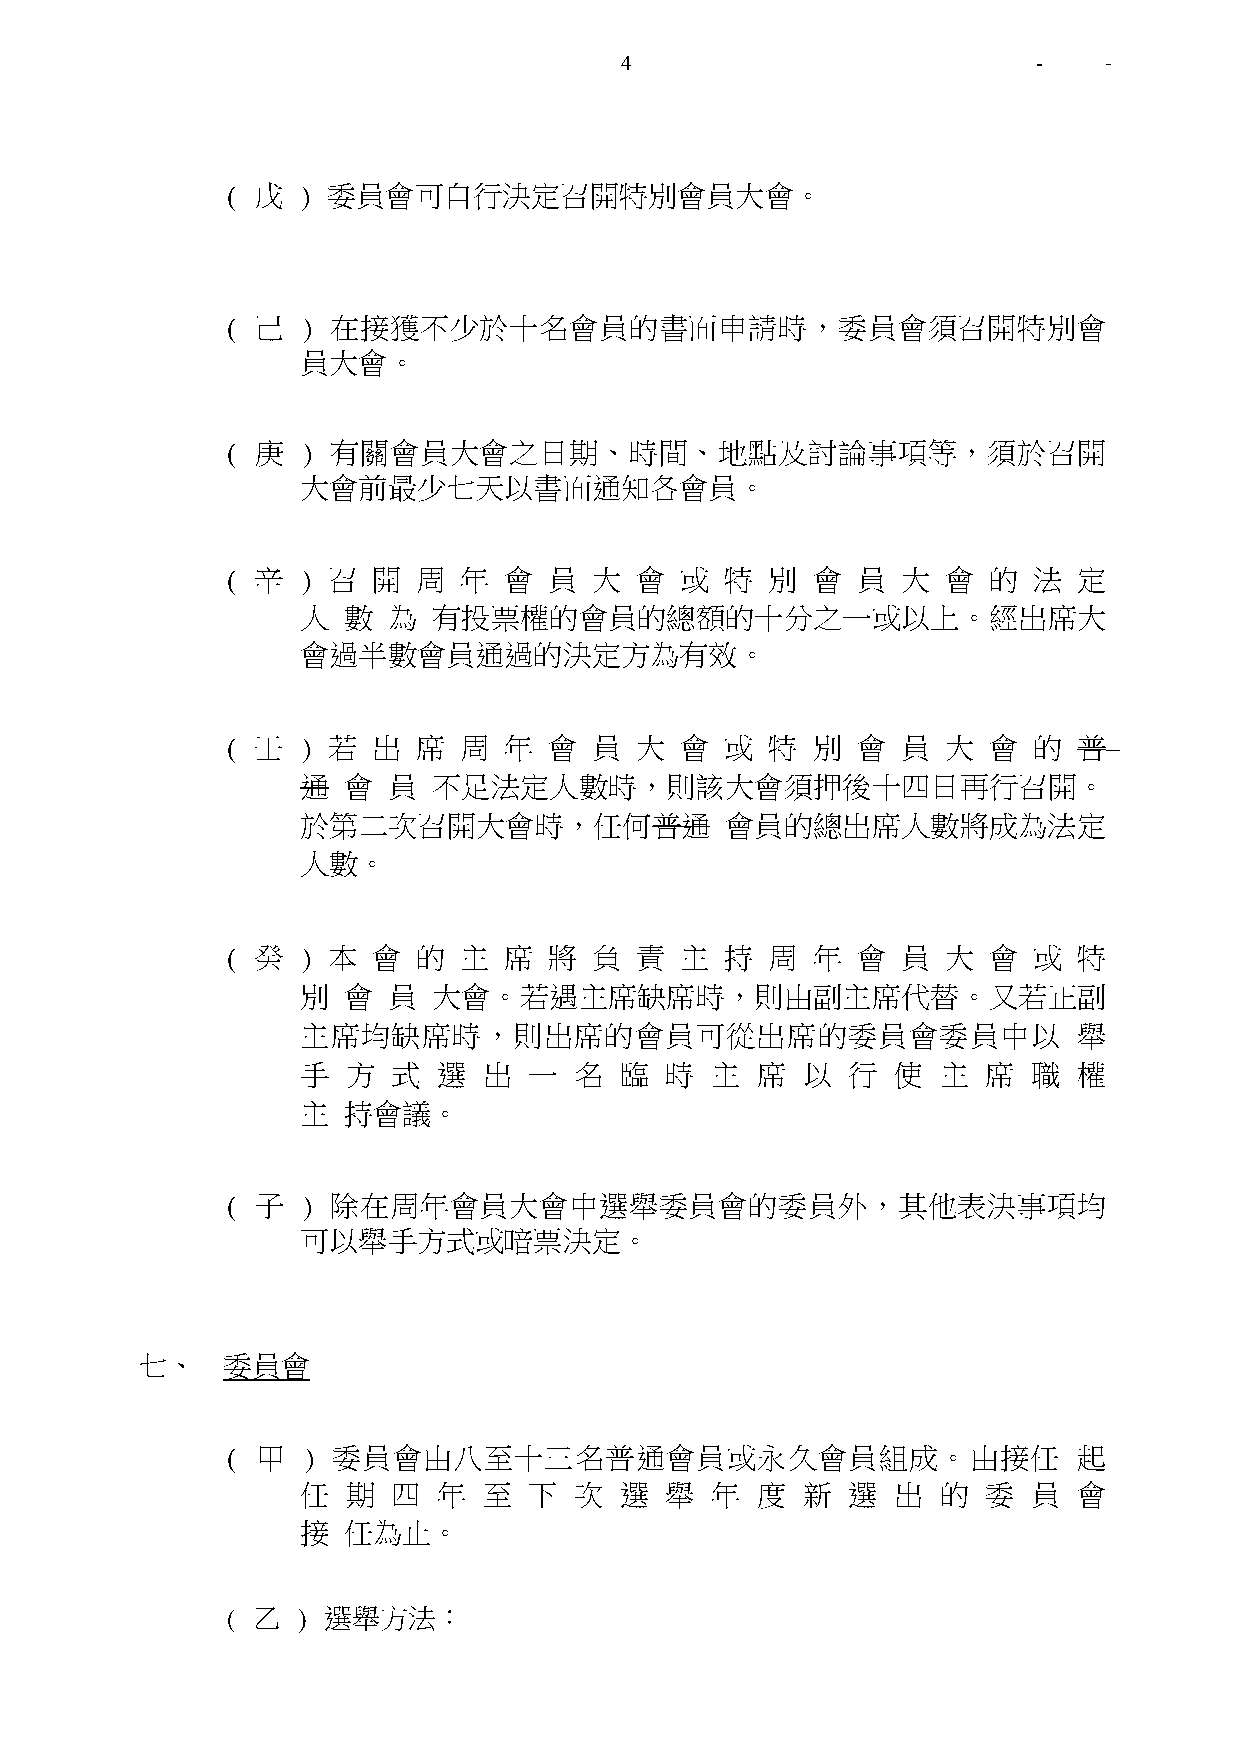
4                           -   -
 ( 戊  ) 委員會可自行決定召開特別會員大會。
 ( 己  ) 在接獲不少於十名會員的書面申請時，委員會須召開特別會
 員大會。
 ( 庚  ) 有關會員大會之日期、時間、地點及討論事項等，須於召開
 大會前最少七天以書面通知各會員。
 ( 辛  ) 召  開  周 年  會  員  大  會  或  特  別  會  員  大  會 的  法  定
 人  數  為  有投票權的會員的總額的十分之一或以上。經出席大
 會過半數會員通過的決定方為有效。
 ( 壬  ) 若  出  席 周  年  會  員  大  會  或  特  別  會  員  大 會  的  普
 通  會  員  不足法定人數時，則該大會須押後十四日再行召開。
 於第二次召開大會時，任何普通              會員的總出席人數將成為法定
 人數。
 ( 癸  ) 本  會  的 主  席  將  負  責  主  持  周  年  會  員  大 會  或  特
 別  會  員  大會。若遇主席缺席時，則由副主席代替。又若正副
 主席均缺席時，則出席的會員可從出席的委員會委員中以                          舉
 手  方  式  選  出  一  名  臨  時  主  席  以  行  使  主  席  職  權
 主  持會議。
 ( 子  ) 除在周年會員大會中選舉委員會的委員外，其他表決事項均
 可以舉手方式或暗票決定。
 七、    委員會
 ( 甲  ) 委員會由八至十三名普通會員或永久會員組成。由接任                         起
 任  期  四  年  至  下  次  選  舉  年  度  新  選  出  的  委  員  會
 接  任為止。
 ( 乙  ) 選舉方法：